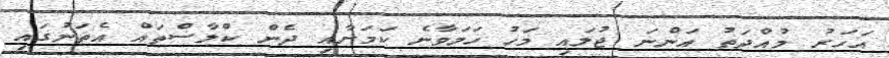
އަހަރު މުއްދަތު އަންނަ ޖުލައި މަހު ހަމަވާނެ ކަމަށާއި ދެން ކްލާސްތައް އެތަނުގައި